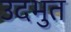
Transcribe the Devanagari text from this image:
उदभुत